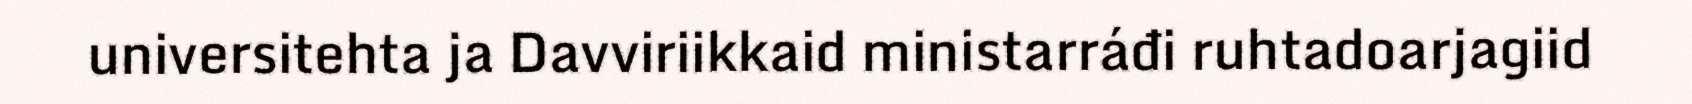
universitehta ja Davviriikkaid ministarráđi ruhtadoarjagiid